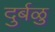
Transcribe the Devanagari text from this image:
दुर्बळु